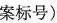
案标号）